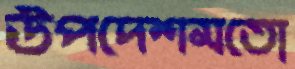
উপদেশমতো